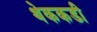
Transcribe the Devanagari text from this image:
थेककडी